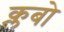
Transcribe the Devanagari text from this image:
क्लबो